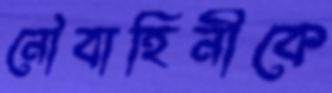
নৌবাহিনীকে